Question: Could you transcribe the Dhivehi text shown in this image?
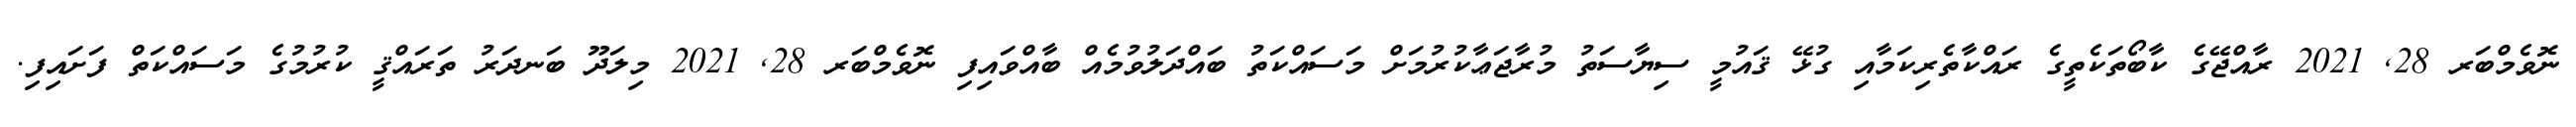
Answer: ނޮވެމްބަރ 28, 2021 ރާއްޖޭގެ ކާބޯތަކެތީގެ ރައްކާތެރިކަމާއި ގުޅޭ ޤައުމީ ސިޔާސަތު މުރާޖަޢާކުރުމަށް މަސައްކަތު ބައްދަލުވުމެއް ބާއްވައިފި ނޮވެމްބަރ 28, 2021 މިލަދޫ ބަނދަރު ތަރައްޤީ ކުރުމުގެ މަސައްކަތް ފަށައިފި.